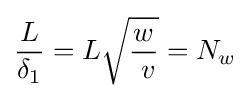
{L \over \delta _{1}}={L{\sqrt {w \over \ v}}}=N_{w}